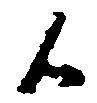
候